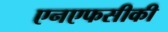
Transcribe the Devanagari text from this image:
एनएफसीकी